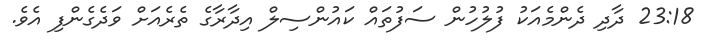
23:18 ދާދި ދެންމެއަކު ފުލުހުން ސަފުތައް ކައުންސިލް އިދާރާގެ ތެރެއަށް ވަދެގެންފި އެވެ.